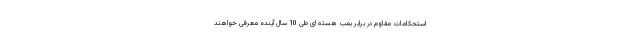
استحکامات مقاوم در برابر بمب هسته ای طی 10 سال آینده معرفی خواهند